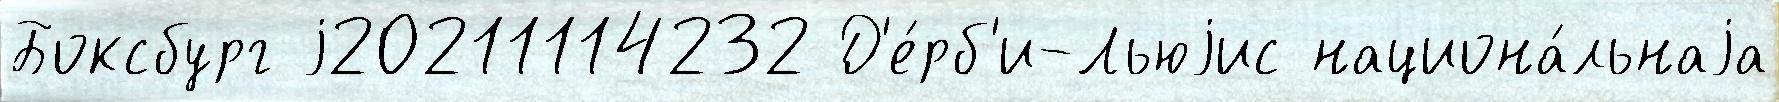
Боксбург j20211114232 Д'е́рб'и-Льюjис национа́льнаjа